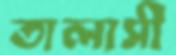
তালাসী